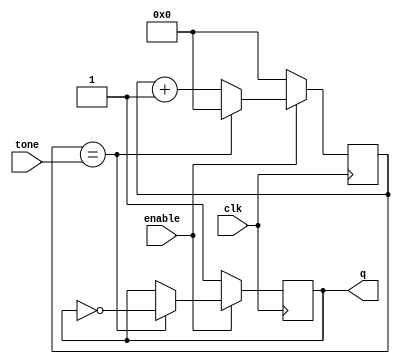
module beeper #(parameter WIDTH=32) (
	input clk,
	input enable,
	input [WIDTH-1:0] tone,
	output reg q = 1'b1
);

	reg [WIDTH-1:0] ctr = {WIDTH{1'b0}};

	always @(posedge clk) begin
		if (!enable) begin
			q <= 1'b1;
			ctr <= {WIDTH{1'b0}};
		end else begin
			if (ctr == tone) begin
				q <= ~q;
				ctr <= 1'b0;
			end else begin
				ctr <= ctr + 1'b1;
			end
		end
	end

endmodule